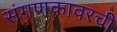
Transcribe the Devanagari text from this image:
संगणकावरची